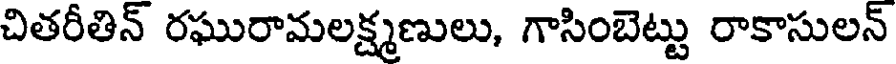
చితరీతిన్ రఘురామలక్ష్మణులు, గాసింబెట్టు రాకాసులన్